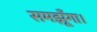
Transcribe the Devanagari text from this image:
समझूँगा।